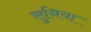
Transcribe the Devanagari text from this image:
लुनिया